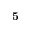
\textbf { 5 }